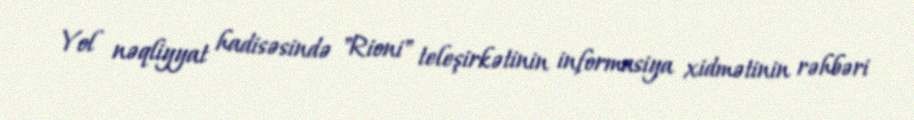
Yol nəqliyyat hadisəsində "Rioni" teleşirkətinin informasiya xidmətinin rəhbəri